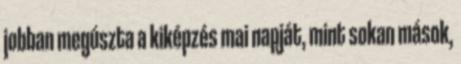
jobban megúszta a kiképzés mai napját, mint sokan mások,